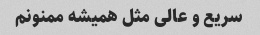
سریع و عالی مثل همیشه ممنونم